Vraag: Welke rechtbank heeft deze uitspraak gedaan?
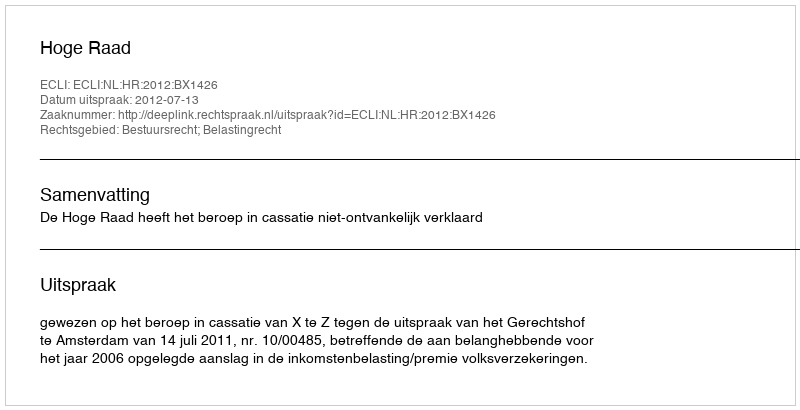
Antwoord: Hoge Raad